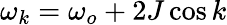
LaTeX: \omega_{k}=\omega_{o}+2J\cos{k}